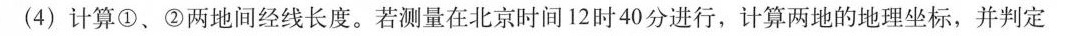
(4)计算①、②两地间经线长度。若测量在北京时间12时40分进行，计算两地的地理坐标，并判定